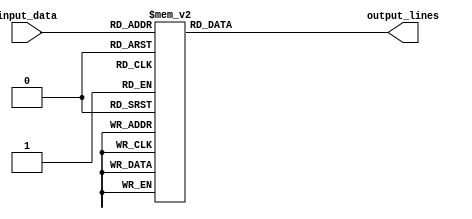
module decoder_3to8(
    input [2:0] input_data,
    output reg [7:0] output_lines
);

always @(*)
begin
    case(input_data)
        3'b000: output_lines = 8'b00000001;
        3'b001: output_lines = 8'b00000010;
        3'b010: output_lines = 8'b00000100;
        3'b011: output_lines = 8'b00001000;
        3'b100: output_lines = 8'b00010000;
        3'b101: output_lines = 8'b00100000;
        3'b110: output_lines = 8'b01000000;
        3'b111: output_lines = 8'b10000000;
        default: output_lines = 8'b00000000;
    endcase
end

endmodule